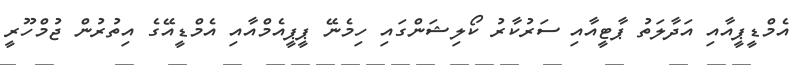
އެމްޑީޕީއާއި އަދާލަތު ޕާޓީއާއި ސަރުކާރު ކޯލިޝަންގައި ހިމެނޭ ޕީޕީއެމްއާއި އެމްޑީއޭގެ އިތުރުން ޖުމްހޫރީ